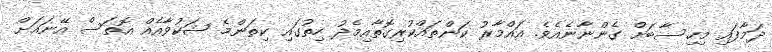
ދަމާފައި މިހިސާބަށް ގެންނާނެއެވެ. އައްމާރު ކަންތައްކުރިގޮތާއިމެދު ހިތުގައި ކިތަންމެ ޝަކުވާއެއް އޮތަސް އޭނައަށް